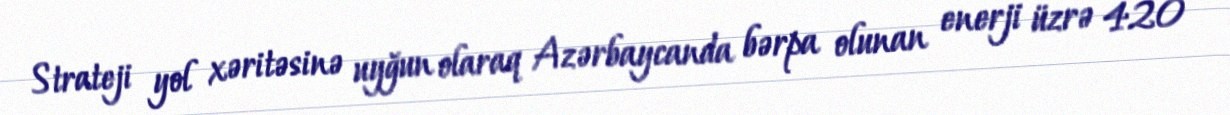
Strateji yol xəritəsinə uyğun olaraq Azərbaycanda bərpa olunan enerji üzrə 420